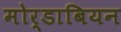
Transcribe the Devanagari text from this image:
मोर्डाबियन